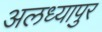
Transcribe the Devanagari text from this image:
अलध्यापुर